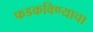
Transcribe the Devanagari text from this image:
फडकविण्याचा